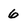
Character: 6